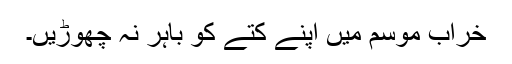
خراب موسم میں اپنے کتے کو باہر نہ چھوڑیں۔